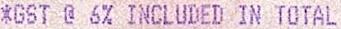
*GST @ 6% INCLUDED IN TOTAL